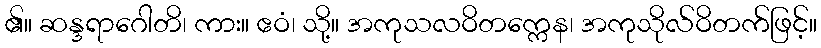
၏။ ဆန္ဒရာဂေါတိ၊ ကား။ ဧဝံ၊ သို့။ အကုသလဝိတက္ကေန၊ အကုသိုလ်ဝိတက်ဖြင့်။